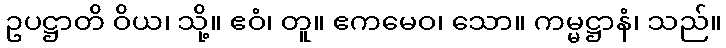
ဥပဋ္ဌာတိ ဝိယ၊ သို့။ ဧဝံ၊ တူ။ ဧကမေဝ၊ သော။ ကမ္မဋ္ဌာနံ၊ သည်။